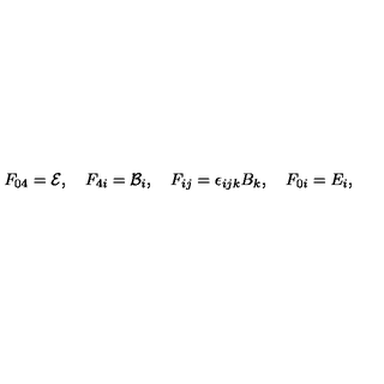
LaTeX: F _ { 0 4 } = { \cal { E } } , \quad F _ { 4 i } = { \cal { B } } _ { i } , \quad F _ { i j } = \epsilon _ { i j k } B _ { k } , \quad F _ { 0 i } = E _ { i } ,